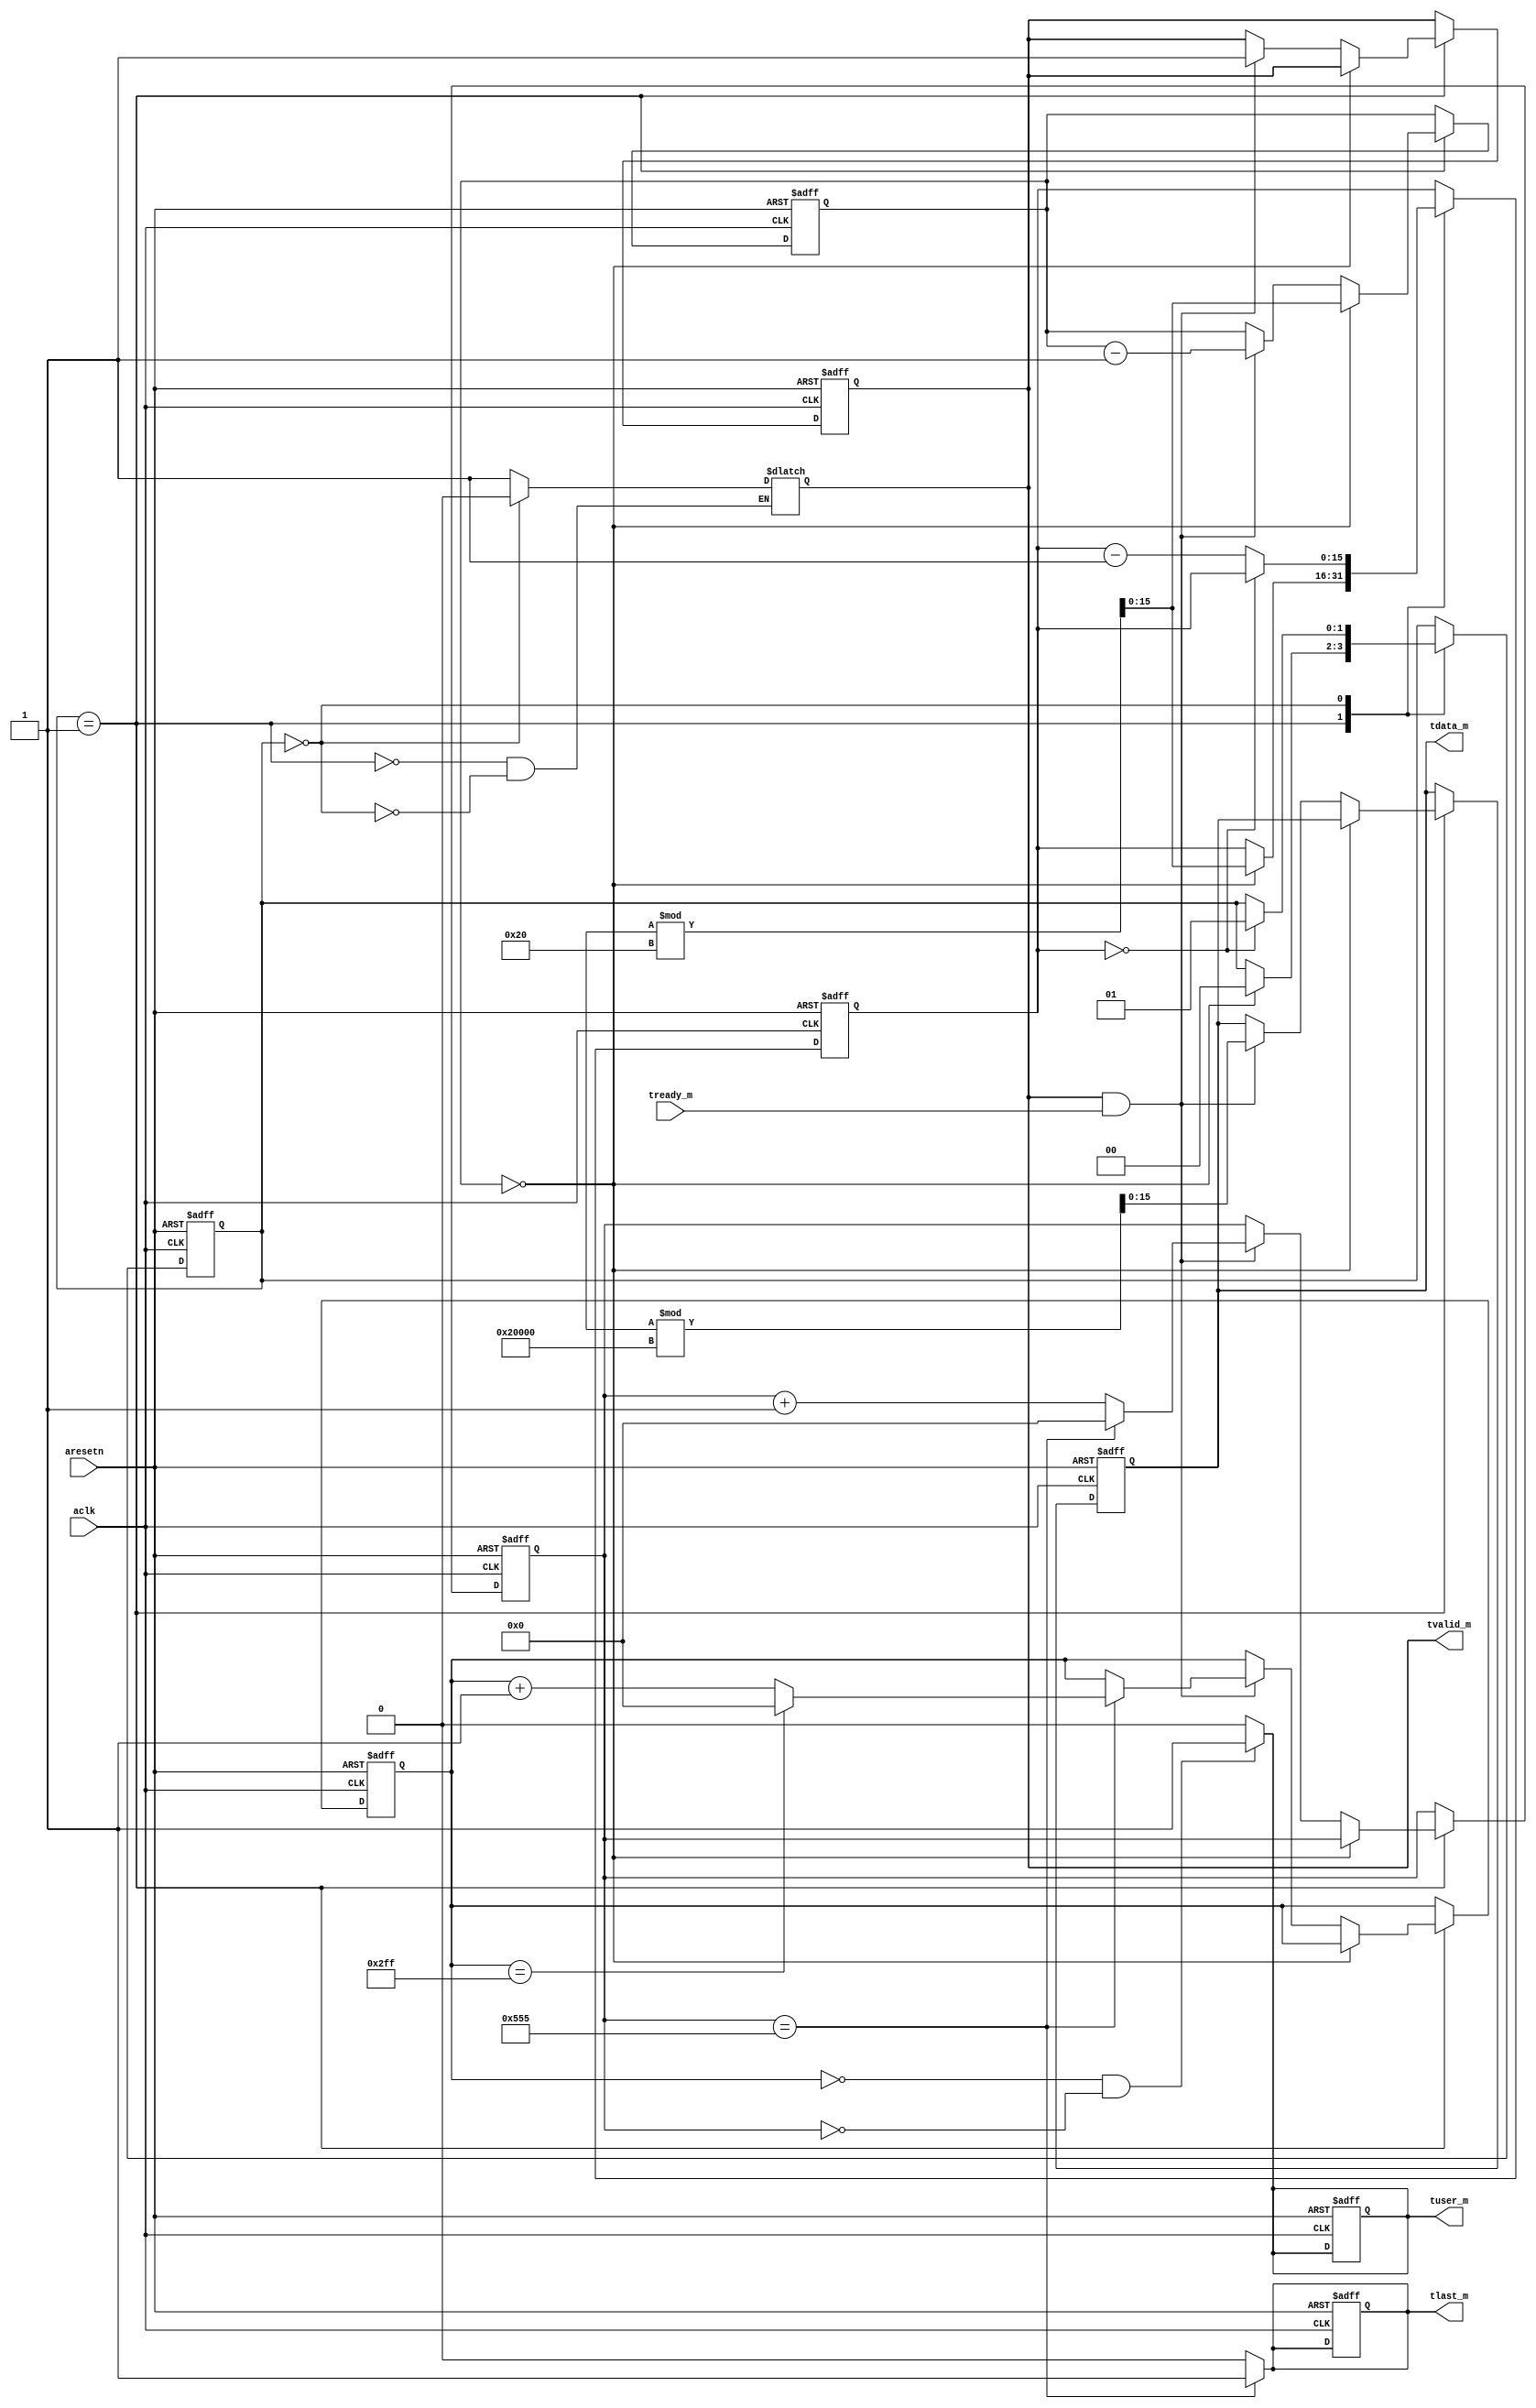
/*
    random_video_axis.v
    Random Video data generator

    Copyright 2022 Hiryuu T. (PFMRLIB)

    Licensed under the Apache License, Version 2.0 (the "License");
    you may not use this file except in compliance with the License.
    You may obtain a copy of the License at

        http://www.apache.org/licenses/LICENSE-2.0

    Unless required by applicable law or agreed to in writing, software
    distributed under the License is distributed on an "AS IS" BASIS,
    WITHOUT WARRANTIES OR CONDITIONS OF ANY KIND, either express or implied.
    See the License for the specific language governing permissions and
    limitations under the License.
*/
module random_wave_axis_video #(
    parameter DW          = 16,

    parameter ACTIVE_HORI = 1366,
    parameter ACTIVE_VERT = 768
) (
    input  wire aclk,
    input  wire aresetn,

    output reg  signed [DW-1:0] tdata_m,
    output reg                  tlast_m,
    output reg                  tuser_m,
    output reg                  tvalid_m,
    input  wire                 tready_m
);

    // Pixel counter
    reg  [15:0] hori_cnt, vert_cnt;

    // Video output FSM
    localparam STAT_INTV = 2'b00;       // Interval mode
    localparam STAT_TRAN = 2'b01;       // Transfer mode

    reg  [1:0]  stat;
    reg  [15:0] burst_count;
    reg  [15:0] delay_count;
    reg  [15:0] pixels, lines;

    always @(posedge aclk, negedge aresetn) begin
        if(!aresetn) begin
            tdata_m  <= 0;
            tlast_m  <= 1'b0;
            tuser_m  <= 1'b0;
            tvalid_m <= 1'b0;

            burst_count <= 0;
            delay_count <= 0;
            pixels      <= 0;
            lines       <= 0;

            stat <= STAT_TRAN;
        end
        else begin
            case(stat)
            STAT_TRAN:begin
                if(burst_count == 0) begin
                    // Set the count of bytes of the next burst
                    burst_count <= {$random} % 32;
                    // Set interval
                    delay_count <= {$random} % 32;

                    // Switch to interval state to pause transfer
                    stat <= STAT_INTV;
                end
                else begin
                    if(tvalid_m && tready_m) begin
                        tdata_m  <= $random % (2 << DW);
                        tvalid_m <= 1'b1;

                        burst_count <= burst_count - 1;
                        
                        if(pixels == ACTIVE_HORI - 1) begin
                            // The line is ended. line counter + 1
                            if(lines == ACTIVE_VERT - 1)
                                lines <= 0;
                            else
                                lines <= lines + 1;

                            pixels <= 0;
                        end
                        else
                            pixels <= pixels + 1;
                    end
                end
            end
            STAT_INTV:begin
                if(delay_count == 0)
                    stat <= STAT_TRAN;      // Resume transfer
                else
                    delay_count <= delay_count - 1;
            end
            endcase
        end
    end

    always @(*) begin
        case(stat)
        STAT_TRAN:tvalid_m = 1'b1;
        STAT_INTV:tvalid_m = 1'b0;
        endcase

        if(pixels == ACTIVE_HORI - 1)           // End of a line
            tlast_m = 1'b1;
        else
            tlast_m = 1'b0;

        if((lines == 0) && (pixels == 0))       // Start of a frame
            tuser_m = 1'b1;
        else
            tuser_m = 1'b0;
    end
endmodule